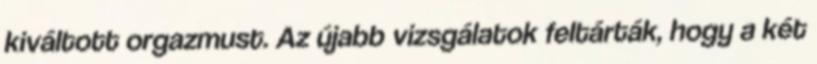
kiváltott orgazmust. Az újabb vizsgálatok feltárták, hogy a két